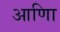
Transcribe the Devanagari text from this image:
आणिा